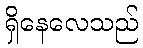
ရှိနေလေသည်